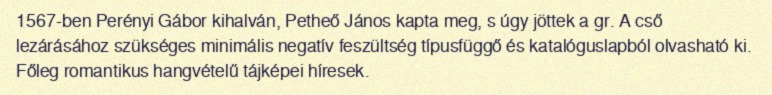
1567-ben Perényi Gábor kihalván, Petheő János kapta meg, s úgy jöttek a gr. A cső lezárásához szükséges minimális negatív feszültség típusfüggő és katalóguslapból olvasható ki. Főleg romantikus hangvételű tájképei híresek.